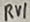
Text: RV1